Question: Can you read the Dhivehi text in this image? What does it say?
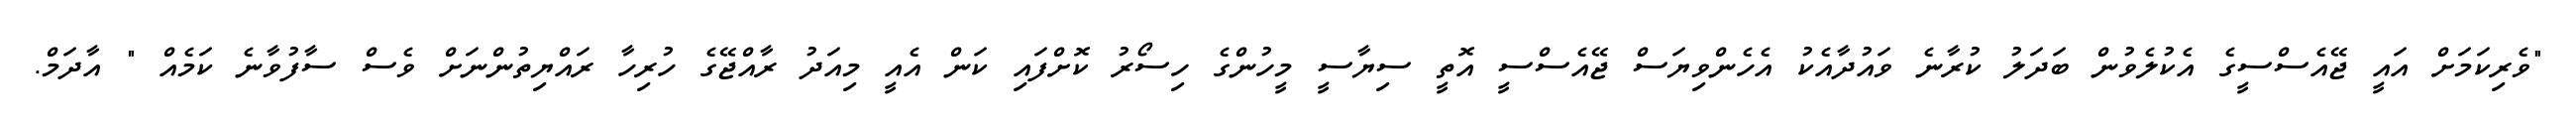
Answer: "ވެރިކަމަށް އައީ ޖޭއެސްސީގެ އެކުލެވުން ބަދަލު ކުރާނެ ވައުދާއެކު އެހެންވިޔަސް ޖޭއެސްސީ އޮތީ ސިޔާސީ މީހުންގެ ހިސޯރު ކޮށްފައި ކަން އެއީ މިއަދު ރާއްޖޭގެ ހުރިހާ ރައްޔިތުންނަށް ވެސް ސާފުވާނެ ކަމެއް " އާދަމް.